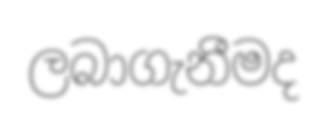
ලබාගැනීමද